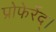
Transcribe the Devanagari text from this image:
प्रोफेर्रेद्।